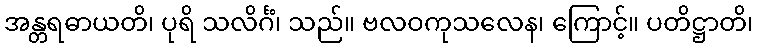
အန္တရဓာယတိ၊ ပုရိ သလိင်္ဂံ၊ သည်။ ဗလဝကုသလေန၊ ကြောင့်။ ပတိဋ္ဌာတိ၊